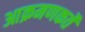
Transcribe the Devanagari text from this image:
आक्रमणकर्ते